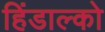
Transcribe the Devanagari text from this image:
हिंडाल्‍को